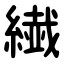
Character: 繊